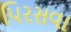
પિરસવા